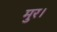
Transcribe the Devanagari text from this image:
मुर।